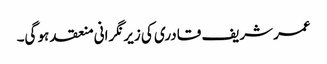
عمر شریف قادری کی زیر نگرانی منعقد ہو گی۔